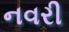
નવરી